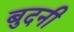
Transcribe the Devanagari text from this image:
बुदनी